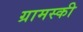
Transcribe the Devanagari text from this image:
ग्रामस्की